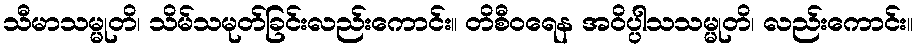
သီမာသမ္မုတိ၊ သိမ်သမုတ်ခြင်းလည်းကောင်း။ တိစီဝရေန အဝိပ္ပါသသမ္မုတိ၊ လည်းကောင်း။